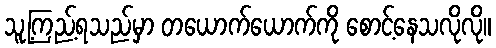
သူ့ကြည့်ရသည်မှာ တယောက်ယောက်ကို စောင့်နေသလိုလို။